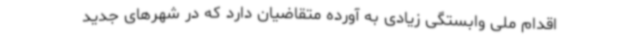
اقدام ملی وابستگی زیادی به آورده متقاضیان دارد که در شهرهای جدید